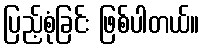
ပြည့်စုံခြင်း ဖြစ်ပါတယ်။